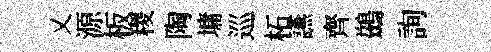
乂源板稷陶墉巡柘讌齊鷀詢